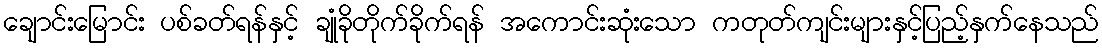
ချောင်းမြောင်း ပစ်ခတ်ရန်နှင့် ချုံခိုတိုက်ခိုက်ရန် အကောင်းဆုံးသော ကတုတ်ကျင်းများနှင့်ပြည့်နှက်နေသည်